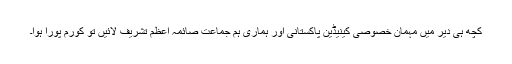
کچھ ہی دیر میں مہمان خصوصی کینیڈین پاکستانی اور ہماری ہم جماعت صائمہ اعظم تشریف لائیں تو کورم پورا ہوا۔